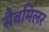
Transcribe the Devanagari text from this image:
सैबमिलर